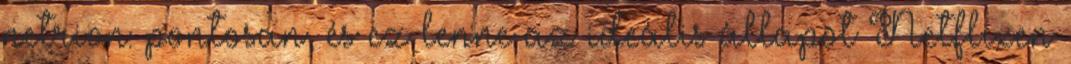
netrion: pontosan, és ez lenne az ideális állapot Netflixen